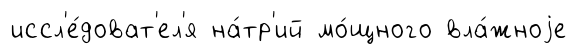
иссл'е́доват'ел'я на́тр'ий мо́щного вла́жноjе